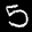
Label: 5